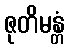
ဇုတိမန္တံ